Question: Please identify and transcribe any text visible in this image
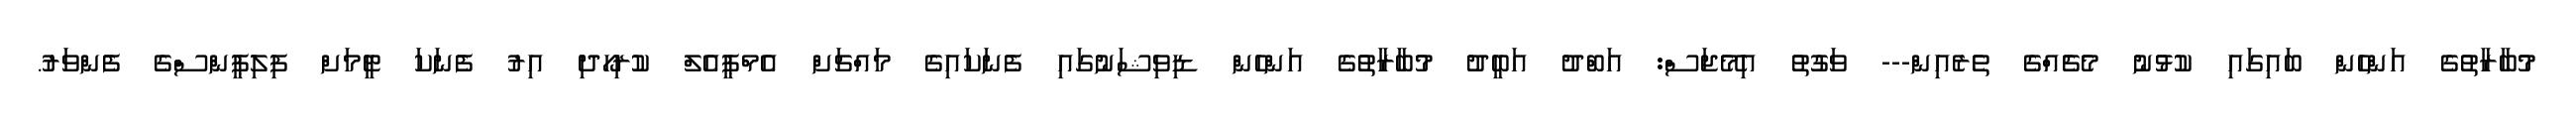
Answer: މުބާރާތުގެ އަންހެން ބައިގައި ކުޅުނު މެޗެއްގެ ތެރެއިން--- ވަގުތު އިމޭޖަސް: އަބްދު އަބީދު މުބާރާތުގެ އަންހެން ޑިވިޝަނުގައި ފެނަކައިގެ މައްޗަށް އެމްޕީއެލް ކުރިހޯދި އިރު ފެނަކަ ޓީމަށް ފިލިޕީންސްގެ ފެންވަރު.